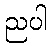
ညပါ